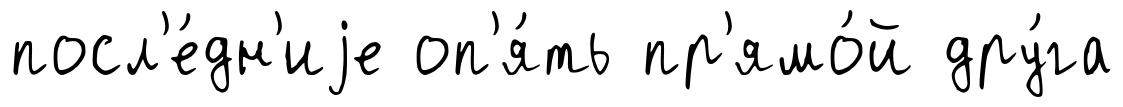
посл'е́дн'иjе оп'я́ть пр'ямо́й дру́га